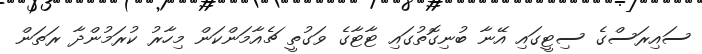
ސައިރަސްގެ ސިޓީގައި އޭނާ ބުނިގޮތުގައި ޓާޓާގެ ވަގުތީ ޗެއާމަންކަން މިހާރު ކުރަމުންދާ ރަތަން